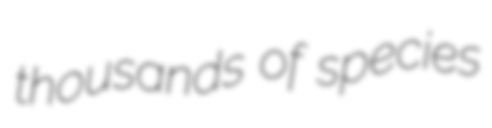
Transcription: thousands of species